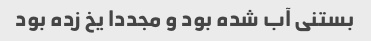
بستنی آب شده بود و مجددا یخ زده بود